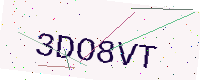
Text: 3DO8VT